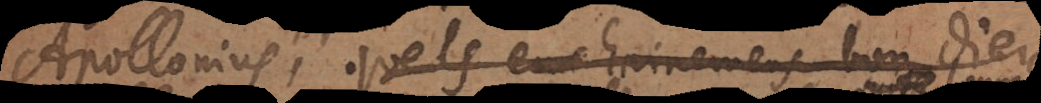
Apollonius, quels enchainemens bon Dieu